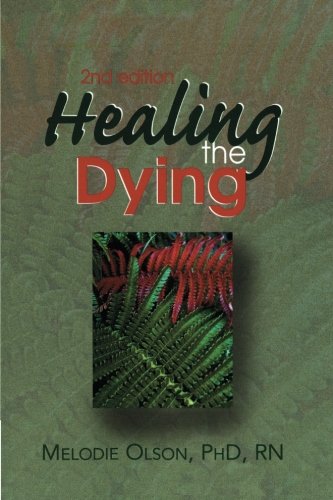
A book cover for Healing The Dying (Nurse as Healer); Melody Olson; Self-Help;